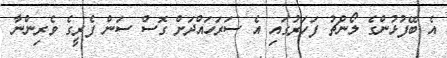
އެ ބޭފުޅުންގެ ލޯންޗު ފަހަރުގައި އެ ސަރަހައްދަށް ގޮސް ސަން ފެރީގެ ވެރިންނާ